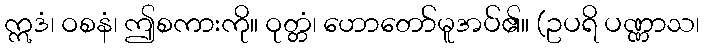
ဣဒံ၊ ဝစနံ၊ ဤစကားကို။ ဝုတ္တံ၊ ဟောတော်မူအပ်၏။ (ဥပရိ ပဏ္ဏာသ၊